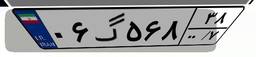
۸۶گ۲۰۸۸۳